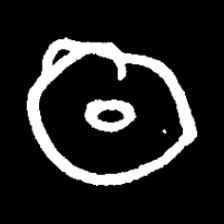
Pyu character \u2014 Myanmar letter: ထ (romanized: tha)